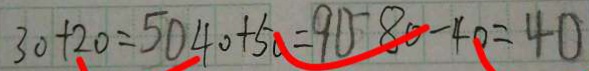
3 0 + 2 0 = 5 0 4 0 + 5 0 = 9 0 8 0 - 4 0 = 4 0